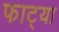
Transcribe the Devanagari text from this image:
फाट्या